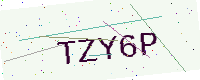
Text: TZY6P